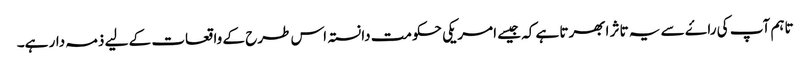
تاہم آپ کی راۓ سے یہ تاثر ابھرتا ہے کہ جیسے امریکی حکومت دانستہ اس طرح کے واقعات کے لیے ذمہ دار ہے۔